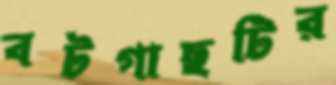
বটগাছটির